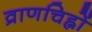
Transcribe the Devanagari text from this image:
व्राणचिह्नों